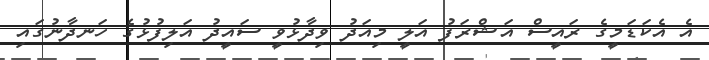
އެ އެކަޑަމީގެ ރައީސް އަޝްރަފު އަލީ މިއަދު ވިދާޅުވީ ސައީދު އަލިފުޅުގެ ހަނދާނުގައި